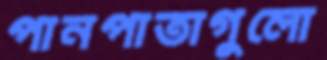
পানপাতাগুলো